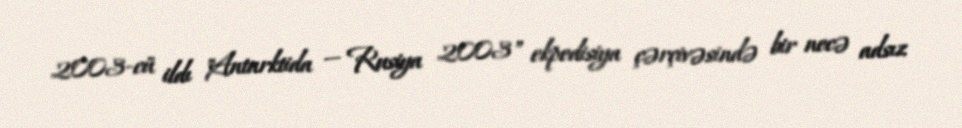
2003-cü ildı "Antarktida — Rusiya 2003" ekpedisiya çərçivəsində bir necə adsız